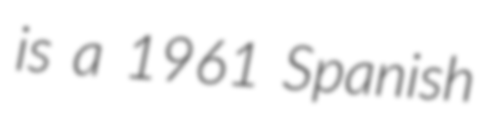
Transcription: is a 1961 Spanish